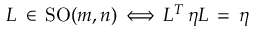
L \, \in \, \mathrm { S O } ( m , n ) \, \Longleftrightarrow \, L ^ { T } \, \eta L \, = \, \eta